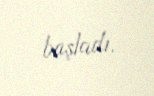
başladı.